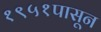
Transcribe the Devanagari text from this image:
१९५१पासून